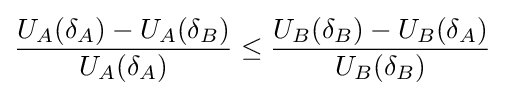
{\frac {U_{A}(\delta _{A})-U_{A}(\delta _{B})}{U_{A}(\delta _{A})}}\leq {\frac {U_{B}(\delta _{B})-U_{B}(\delta _{A})}{U_{B}(\delta _{B})}}